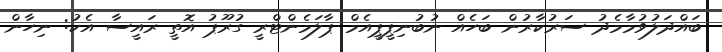
ބައްދަލުވުމާމެދު ސަރުކާރުން ބަހެއް ނުބުނިޕީޕީއެމް ޕާލަމެންޓްރީ ގުރޫޕު އޮތީ ރައީސާ އެކު: ނިހާން